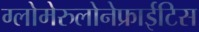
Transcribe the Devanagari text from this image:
ग्लोमेरुलोनेफ्राईटिस